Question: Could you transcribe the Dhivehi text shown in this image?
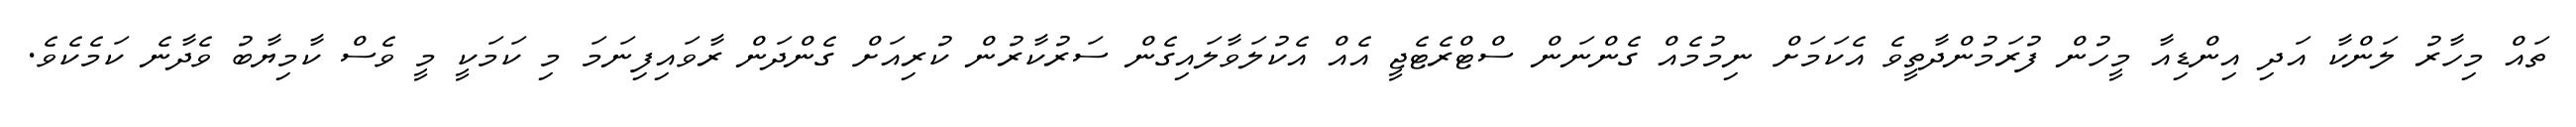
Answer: ތައް މިހާރު ލަންކާ އަދި އިންޑިއާ މީހުން ފުރަމުންދާތީވެ އެކަމަށް ނިމުމެއް ގެންނަން ސްޓްރެޓެޖީ އެއް އެކުލަވާލައިގެން ސަރުކާރުން ކުރިއަށް ގެންދަން ރާވައިފިނަމަ މި ކަމަކީ މީ ވެސް ކާމިޔާބު ވެދާނެ ކަމެކެވެ.